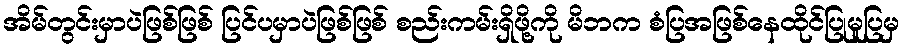
အိမ်တွင်းမှာပဲဖြစ်ဖြစ် ပြင်ပမှာပဲဖြစ်ဖြစ် စည်းကမ်းရှိဖို့ကို မိဘက စံပြအဖြစ်နေထိုင်ပြုမူပြမှ